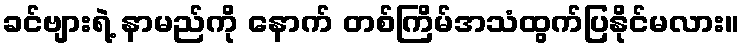
ခင်ဗျားရဲ့ နာမည်ကို နောက် တစ်ကြိမ်အသံထွက်ပြနိုင်မလား။